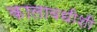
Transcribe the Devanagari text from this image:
कालावधीशी